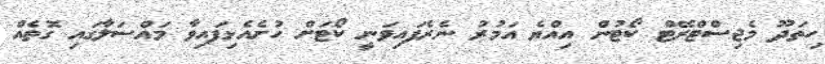
ހިތަދޫ މެޖިސްޓްރޭޓް ކޯޓުން އިއްޔެ އަމުރު ނެރެފައިވަނީ ކޯޓަށް ހުށެއެޅިފައިވާ މައްސަލާގައި ގޮތެއް